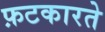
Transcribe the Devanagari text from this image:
फ़टकारते